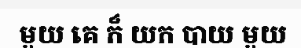
មួយ គេ ក៏ យក បាយ មួយ